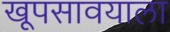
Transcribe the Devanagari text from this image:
खूपसावयाला